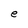
Character: e